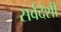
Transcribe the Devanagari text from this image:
सर्वदेशी